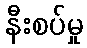
နီးစပ်မှု